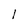
Character: l